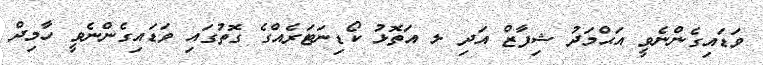
ވަޑައިގެންނެވީ އަޙްމަދު ޝިފާޒް އަދި ލ އަތޮޅު ކޯޑިނަޓަރެއްގެ ގޮތުގައި ވަޑައިގެންނެވީ ހާމިދް